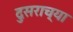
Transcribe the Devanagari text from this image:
दुसराच्या